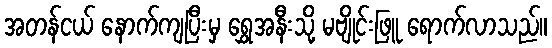
အတန်ငယ် နောက်ကျပြီးမှ ရွှေအနီးသို့ မဗျိုင်းဖြူ ရောက်လာသည်။